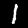
Label: 1